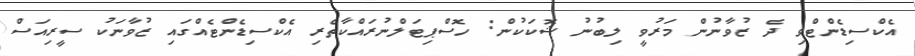
އެކްސިޑެންޓްވި ދެ ޒުވާނުން މަރުވީ ލިބުނު ޝޮކަކުން: ހޮސްޕިޓަލްނުރައްކާތެރި އެކްސިޑެންޓެއްގައި ޒުވާނަކު ސީރިއަސް